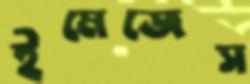
ইমেজেস